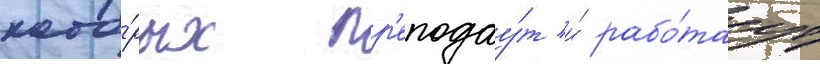
кото́рых пр'еподау́т и́ рабо́таут